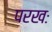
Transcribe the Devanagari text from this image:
परखः